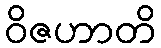
ဝိဇဟာတိ